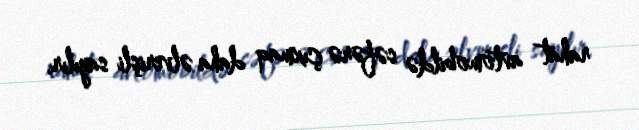
rahat avtomobildə səfərə çıxmaq daha əlverişli sayılır.